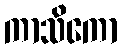
ကာသိကော